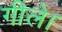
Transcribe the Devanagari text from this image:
गीले।